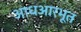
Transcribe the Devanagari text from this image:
आधआरभूत